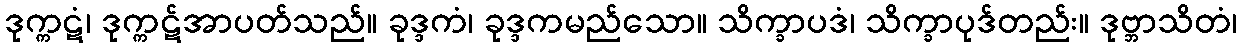
ဒုက္ကဋံ၊ ဒုက္ကဋ်အာပတ်သည်။ ခုဒ္ဒကံ၊ ခုဒ္ဒကမည်သော။ သိက္ခာပဒံ၊ သိက္ခာပုဒ်တည်း။ ဒုဗ္ဘာသိတံ၊